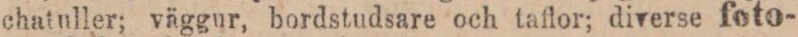
chatuller; väggur, bordstudsare och taflor; diverse foto-